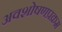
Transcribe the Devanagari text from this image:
अवशोषणप्रक्रम